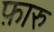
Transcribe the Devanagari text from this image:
फ़ारु